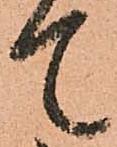
て